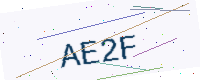
Text: AE2F